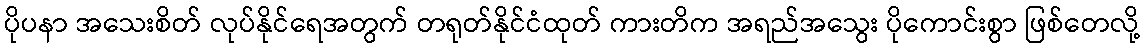
ပိုပနာ အသေးစိတ် လုပ်နိုင်ရေအတွက် တရုတ်နိုင်ငံထုတ် ကားတိက အရည်အသွေး ပိုကောင်းစွာ ဖြစ်တေလို့